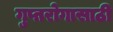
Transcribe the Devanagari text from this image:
गुप्तरोगासाठी